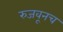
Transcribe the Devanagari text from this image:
रुजवूनच